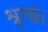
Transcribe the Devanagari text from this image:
श्रृग्ङं।